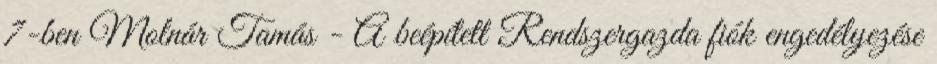
7-ben Molnár Tamás - A beépített Rendszergazda fiók engedélyezése